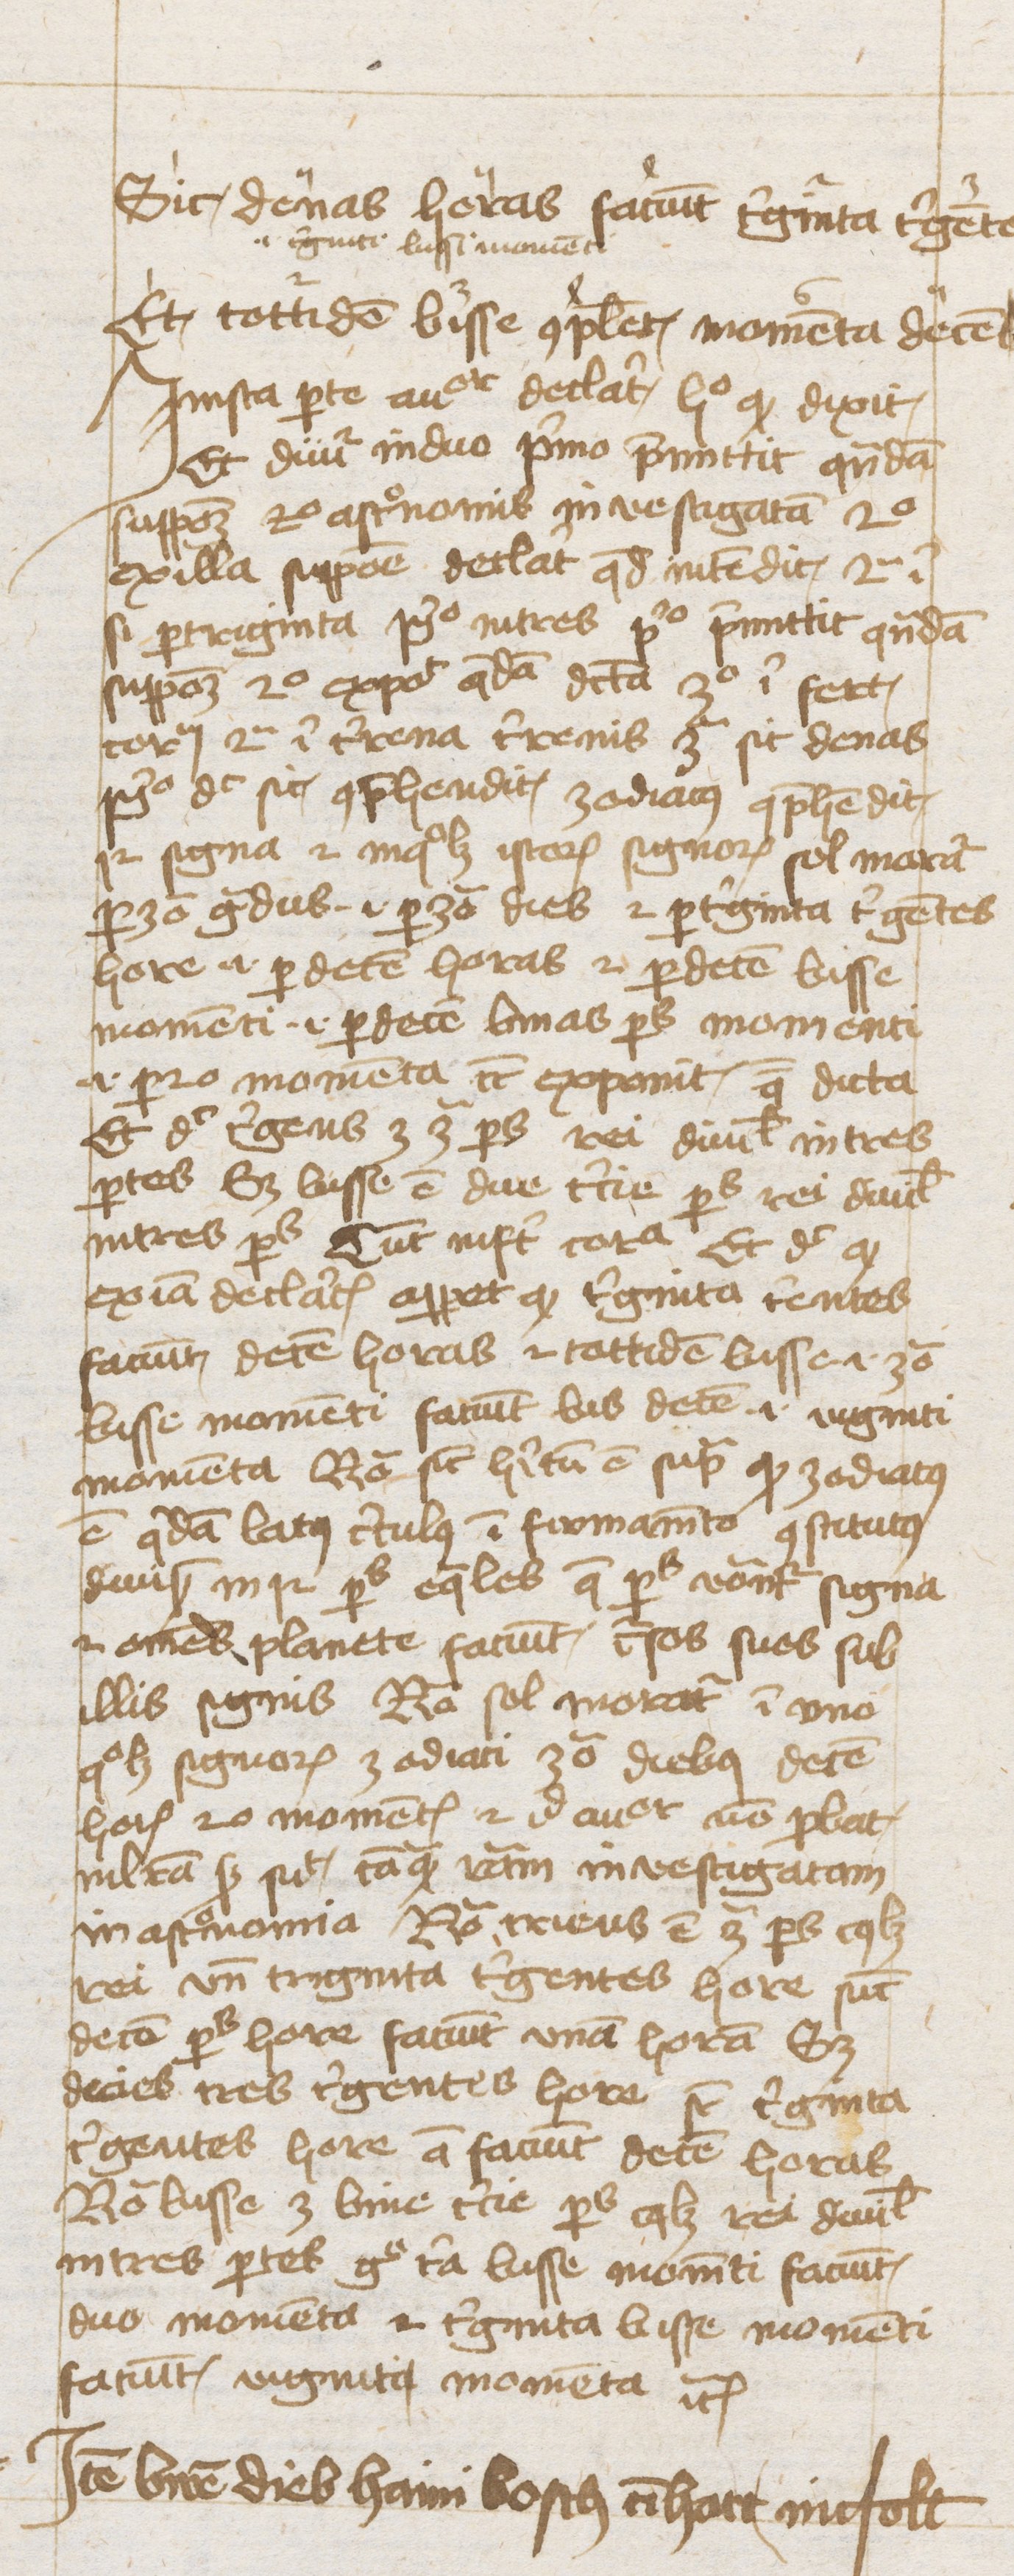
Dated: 1425–1425